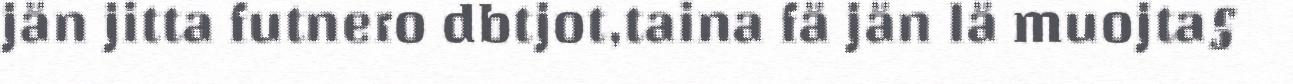
jän jitta futnero dbtjot,taina fä jän lä muojta§